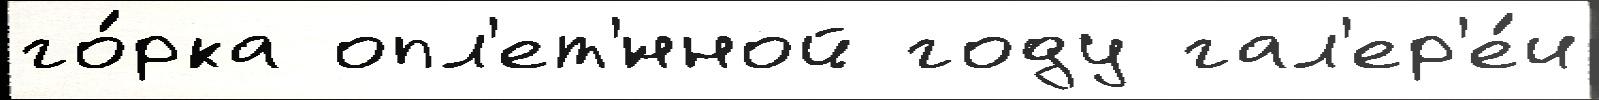
го́рка опл'ет'́нной году гал'ер'е́и